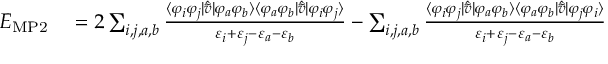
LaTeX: \begin{array} { r l } { E _ { \mathrm { M P 2 } } } & { { } = 2 \sum _ { i , j , a , b } { \frac { \langle \varphi _ { i } \varphi _ { j } | { \hat { \tilde { v } } } | \varphi _ { a } \varphi _ { b } \rangle \langle \varphi _ { a } \varphi _ { b } | { \hat { \tilde { v } } } | \varphi _ { i } \varphi _ { j } \rangle } { \varepsilon _ { i } + \varepsilon _ { j } - \varepsilon _ { a } - \varepsilon _ { b } } } - \sum _ { i , j , a , b } { \frac { \langle \varphi _ { i } \varphi _ { j } | { \hat { \tilde { v } } } | \varphi _ { a } \varphi _ { b } \rangle \langle \varphi _ { a } \varphi _ { b } | { \hat { \tilde { v } } } | \varphi _ { j } \varphi _ { i } \rangle } { \varepsilon _ { i } + \varepsilon _ { j } - \varepsilon _ { a } - \varepsilon _ { b } } } } \end{array}